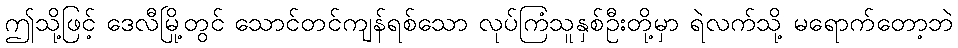
ဤသို့ဖြင့် ဒေလီမြို့တွင် သောင်တင်ကျန်ရစ်သော လုပ်ကြံသူနှစ်ဦးတို့မှာ ရဲလက်သို့ မရောက်တော့ဘဲ